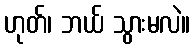
ဟုတ်၊ ဘယ် သွားမလဲ။